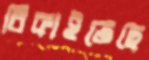
বিকাইতেছে